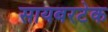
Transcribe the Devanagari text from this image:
सायबरटेक